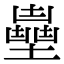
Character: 𡒽